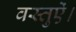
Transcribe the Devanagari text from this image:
वस्तुऐं।